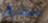
الطرق